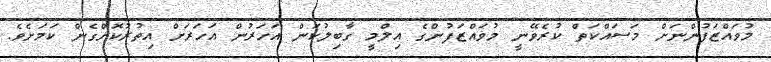
މުވައްޒަފުންނަށް މަސައްކަތް ކުރެވޭނީ މުވައްޒަފުންގެ އިލްމީ ގާބިލުކަން އަހަރުން އަހަރަށް އިތުރުކޮށްގެން ކަމަށެވެ.